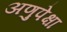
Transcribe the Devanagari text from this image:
अणुपेक्षा